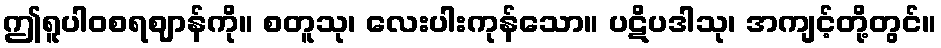
ဤရူပါဝစရဈာန်ကို။ စတူသု၊ လေးပါးကုန်သော။ ပဋိပဒါသု၊ အကျင့်တို့တွင်။